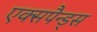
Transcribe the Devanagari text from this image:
एक्सपैन्ड्स